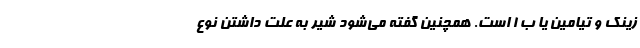
زینک و تیامین یا ب 1 است. همچنین گفته می‌شود شیر به علت داشتن نوع